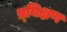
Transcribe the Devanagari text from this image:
प्र्यिक्षण